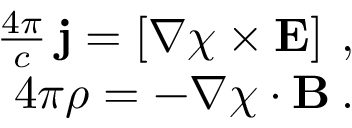
\begin{array} { r } { \frac { 4 \pi } { c } \, { \bf j } = \left[ \nabla \chi \times { \bf E } \right] \: , } \\ { 4 \pi \rho = - \nabla \chi \cdot { \bf B } \: . } \end{array}